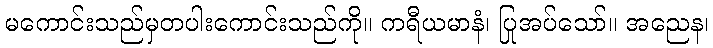
မကောင်းသည်မှတပါးကောင်းသည်ကို။ ကရီယမာနံ၊ ပြုအပ်သော်။ အညေန၊